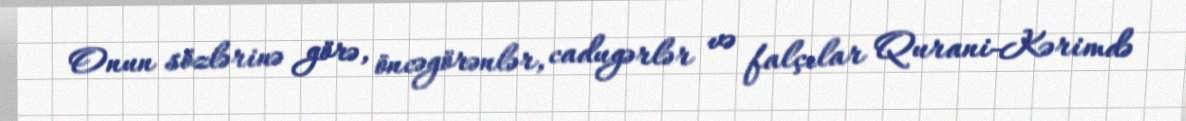
Onun sözlərinə görə, öncəgörənlər, cadugərlər və falçılar Qurani-Kərimdə